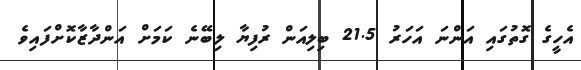
އެހީގެ ގޮތުގައި އަންނަ އަހަރު 21.5 ބިލިއަން ރުފިޔާ ލިބޭނެ ކަމަށް އަންދާޒާކޮށްފައިވެ